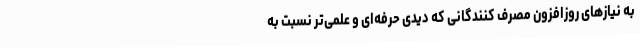
به نیازهای روزافزون مصرف کنندگانی که دیدی حرفه‌ای و علمی‌تر نسبت به